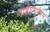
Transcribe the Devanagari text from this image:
आईएमपीएम